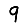
Digit: 9